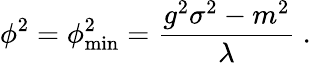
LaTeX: \phi^{2}=\phi_{\mathrm{min}}^{2}={\frac{g^{2}\sigma^{2}-m^{2}}{\lambda}}\ .